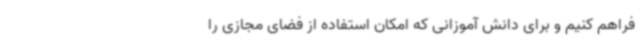
فراهم کنیم و برای دانش آموزانی که امکان استفاده از فضای مجازی را